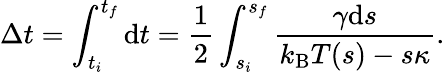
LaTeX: \Delta t=\int_{t_{i}}^{t_{f}}\textrm{d}t=\frac{1}{2}\int_{s_{i}}^{s_{f}}\frac{\gamma\mathrm{d}s}{k_{\mathrm{B}}T(s)-s\kappa}.